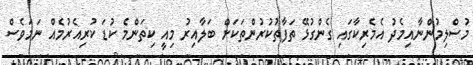
މުސްލިމުންނާއިމެދު އެމެރިކާގައި ގެންގުޅޭ ތަފާތުކުރުންތަކަށް ބަލާއިރު މިއީ ކިތަންމެ ކުޑަ ކުރިއެރުމެއް ނަމަވެސް